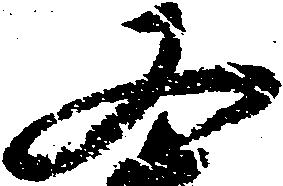
又